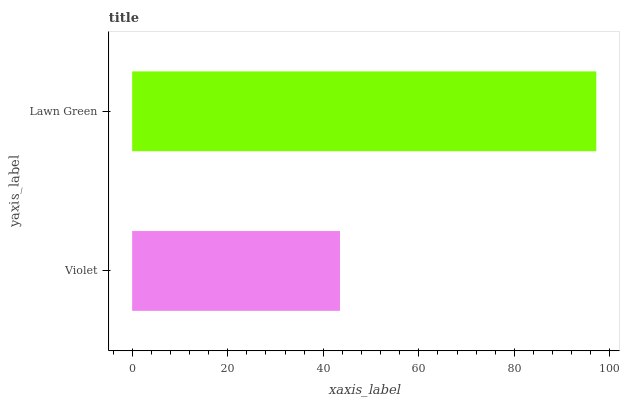
| yaxis_label | bars |
 | --- | --- |
 | Violet | 43.5 |
 | Lawn Green | 97.1 |